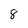
Character: 8